Vaccination in Bombay 1863-1868 - 1863-1868
Year: 1863
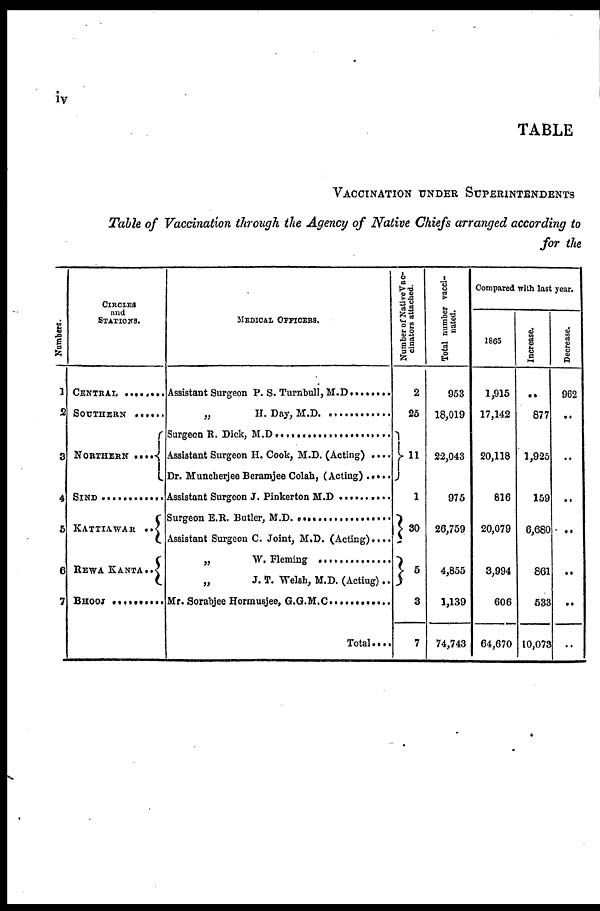
iv
TABLE
VACCINATION UNDER SUPERINTENDENTS
Table of Vaccination through the Agency of Native Chiefs arranged according to
for the
Numbers.
1
2
3
4
5
6
7
CIRCLES
and
STATIONS.
CENRAL . . . . . . . . .
SOUTHERN . . . . . .
NORTHERN . . . . .
SIND . . . . . . . . . . . .
KATTIAWAR ..
REWA KANTA..
BHOOJ . . . . . . . . . . .
MEDICAL OFFICERS.
Assistant Surgeon P. S. Turnbull, M.D. . . . . . . .
„
H. Day, M.D. . . . . . . . . . .
Surgeon R. Dick, M.D. . . . . . . . . . . . . . . .
Assistant Surgeon H. Cook, M.D. (Acting) . . . .
Dr. Muncherjee Beramjee Colah, (Acting) . . . . .
Assistant Surgeon J. Pinkerton M. D . . . . . . . . . .
Surgeon E. R. Butler, M. D . . . . . . . . . . . ..
Assistant Surgeon C. Joint, M.D. (Acting)....
„ W. Fleming . . . . . . . . . . . . . . . .
„
J. T. Welsh, M.D. (Actiug)..
Mr. Sorabjee Hormusjee, G.G.M.C. . . . . . . . . . .
Total. ...
Number of NativeVac-
cinators attached.
2
25
1
1
30
5
3
7
Total number vacci-
nated.
953
18,019
22,043
975
26,759
4,855
1,139
74,743
Compared with last year.
1865
1,915
17,142
20,118
816
20,079
3,994
606
64,670
Increase.
..
877
1,925
159
6,680
861
533
10,073
Decrease.
962
. .
..
..
..
..
..